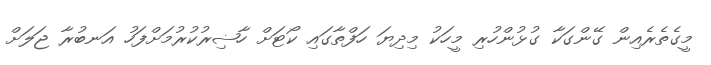
މީގެތެރެއިން ގޭންގަކާ ގުޅުންހުރި މީހަކު މިދިޔަ ހަފްތާގައި ކޯޓަށް ހާޟިރުކުރުމަށްފަހު އަނބުރާ ޖަލަށް